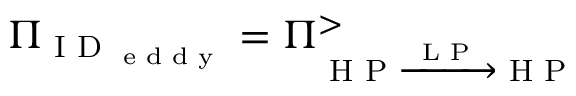
\Pi _ { \textrm { I D } _ { \textrm { e d d y } } } = \Pi _ { \textrm { H P } \xrightarrow { \textrm { L P } } \textrm { H P } } ^ { > }